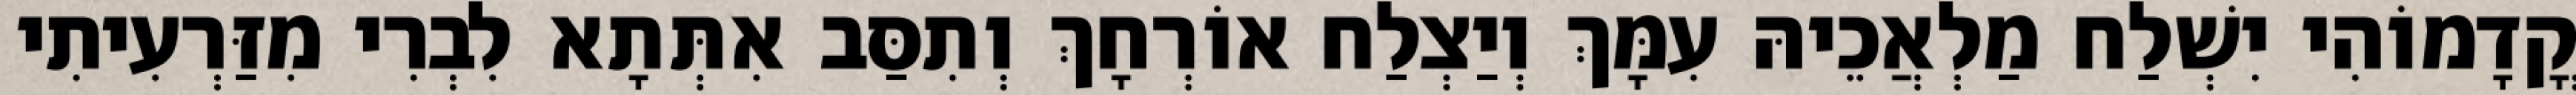
קֳדָמוֹהִי יִשְׁלַח מַלְאֲכֵיהּ עִמָּךְ וְיַצְלַח אוֹרְחָךְ וְתִסַּב אִתְּתָא לִבְרִי מִזַּרְעִיתִי